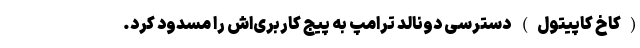
(کاخ کاپیتول) دسترسی دونالد ترامپ به پیج کاربری‌اش را مسدود کرد.